Plague in India, 1896, 1897 - Volume 2
Year: 1896
Disease focus: Plague
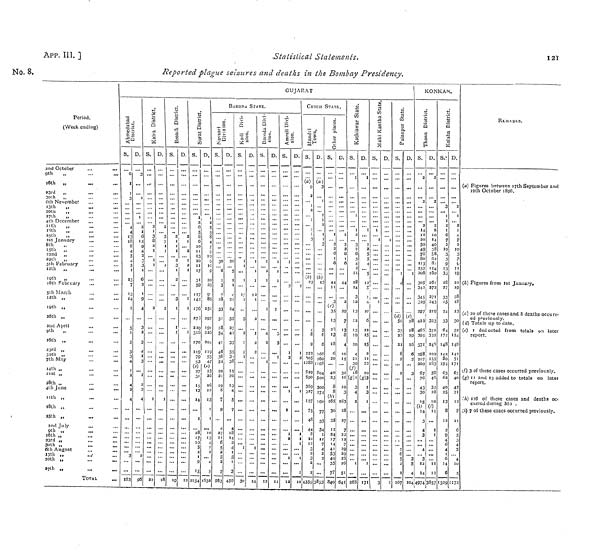
APP. III. ]
Statistical Statements.
121
NO. 8.
Reported plague seizures and deaths in the Bombay Presidency.
Period.
(Week ending)
9th
„
36th „
23rd „
30th
,,
6th November
13th
„
...
,.,
20th
,,
27th
„
4th December
...
..
11th „
18th „
25th
„
1st January ...
8th „ "
15th
„
22nd
„
39th
,,
5th February
J2th
,,
19th
„
16th February
5th March
12th
„
19th „
26th „
2nd April
...
,.
9th
„
16th „
23rd „
30th ,,
7th May
14th „
28th „
4th
June
...
11th „
18th „
25th „
2nd July
9th ,,
16th ,,
23rd „
30th „
6th August
13th „
27th „
TOTAL
GUJARAT
Ahmedabad
District
S.
6
3
4
4
13
IK
i
5
4
5
1
13
7
13
14
2
5
3
2
4
163
D.
3
1
12
3
1
6
2
1
9
4
3
2
3
]
3
2
2
4
96
Kaitra
District
S.
2
1
3
8
2
1
1
2
1
32
D.
2
3
7
1
1
...
2
Broach
District
S.
2
1
1
1
2
3
1
2
3
1
1
1
19
D.
...
12
Surat
District
S.
1
2
5
8
6
10
1 !
13
10
II
17
31
59
117
142
176
273
229
316
270
119
79
53
27
31
13
14
28
10
5
2
I
9
15
2154
D.
10
10
20
29
9
85
151
297
191
204
119
55
2
13
1632
BARODA STATE.
Navsari
Division
S.
30
6
3
28
33
51
28
54
41
46
38
52
20
21
19
6
7
9
4
27
11
6
5
2
3
2
3
563
D.
20
5
21
24
55
27
42
33
35
31
38
I
2
18
I
45
Kadi
Division
S.
I
3
2
3
D.
13
24
Baroda
Division
S.
1
2
1
4
2
I
D.
1
11
Amreli
Division
S.
12
D.
1
...
1
1
1
10
CUTCH STATE,
Mandvi
Town
S.
(a)
1
1
1
(b)
8
22
305
1288
829
590
36
327
157
7
4
44
10
12
4359
D.
(a)
1
1
166
260
1168
804
5oo
3oo
274
160
77
33
34
3853
Other
places
S.
1
2
6
6
44
11
3.
13
18
6
20
40
2
165
3
3
12
24
14
4
4
3
7
84
D.
1
6
2
29
7
8
4
10
15
32
16
10
3
163
28
27
22
7
25
29
2S
26
51
64I
Kathiawar State.
S.
14
12
13
19
20
2
30
18
4
26
D.
1
1
5
10
6
15
15
2
11
22
10
1
3
1
171
Mahi Kanitha State
S.
1
1
...
D.
...
Palanpur State
S.
1
50
3"
23
21
8
2
2
167
D.
28
18
19
16
3
5
4
104
KONKAN.
Thana District
S.
2
14
11
20
50
40
78
SO
113
152
206
305
342
345
329
297
423
465
395
331
258
217
200
67
76
43
30
15
14
3
4
3
3
12
14
4974
D.
2
6
10
14
40
28
58
62
8:
T24
160
261
272
271
243
219
323
332
248
202
155
163
5S
40
32
16
10
11
1
1
11
12
3857
Kolaba District.
S.
3
I
2
I
6
7
2
3
9
13
33
28
27
33
15
24
33
172
148
142
80
194
63
02
40
25
13
12
14
6
1329
D.
2
1
2
1
7
1
10
11
19
22
19
28
18
13
30
52
154
148
142
71
171
67
40
42
21
12
11
10
1172
REMARKS.
a) Figures between 17th September and
19th October 1896.
(6) Figures from 1st January.
(c) 20 of these cases and 8 deaths occurr=
ed previously.
(d) Totals up to date.
(e) I ded ucted from totals on later
report.
(f) 3 of these cases occurred previously.
(g) 11 and 13 added to totals on later
report.
(h) 126 of these cases and deaths oc-
curred during Ma .
(i) 7 of these cases occurred previously.